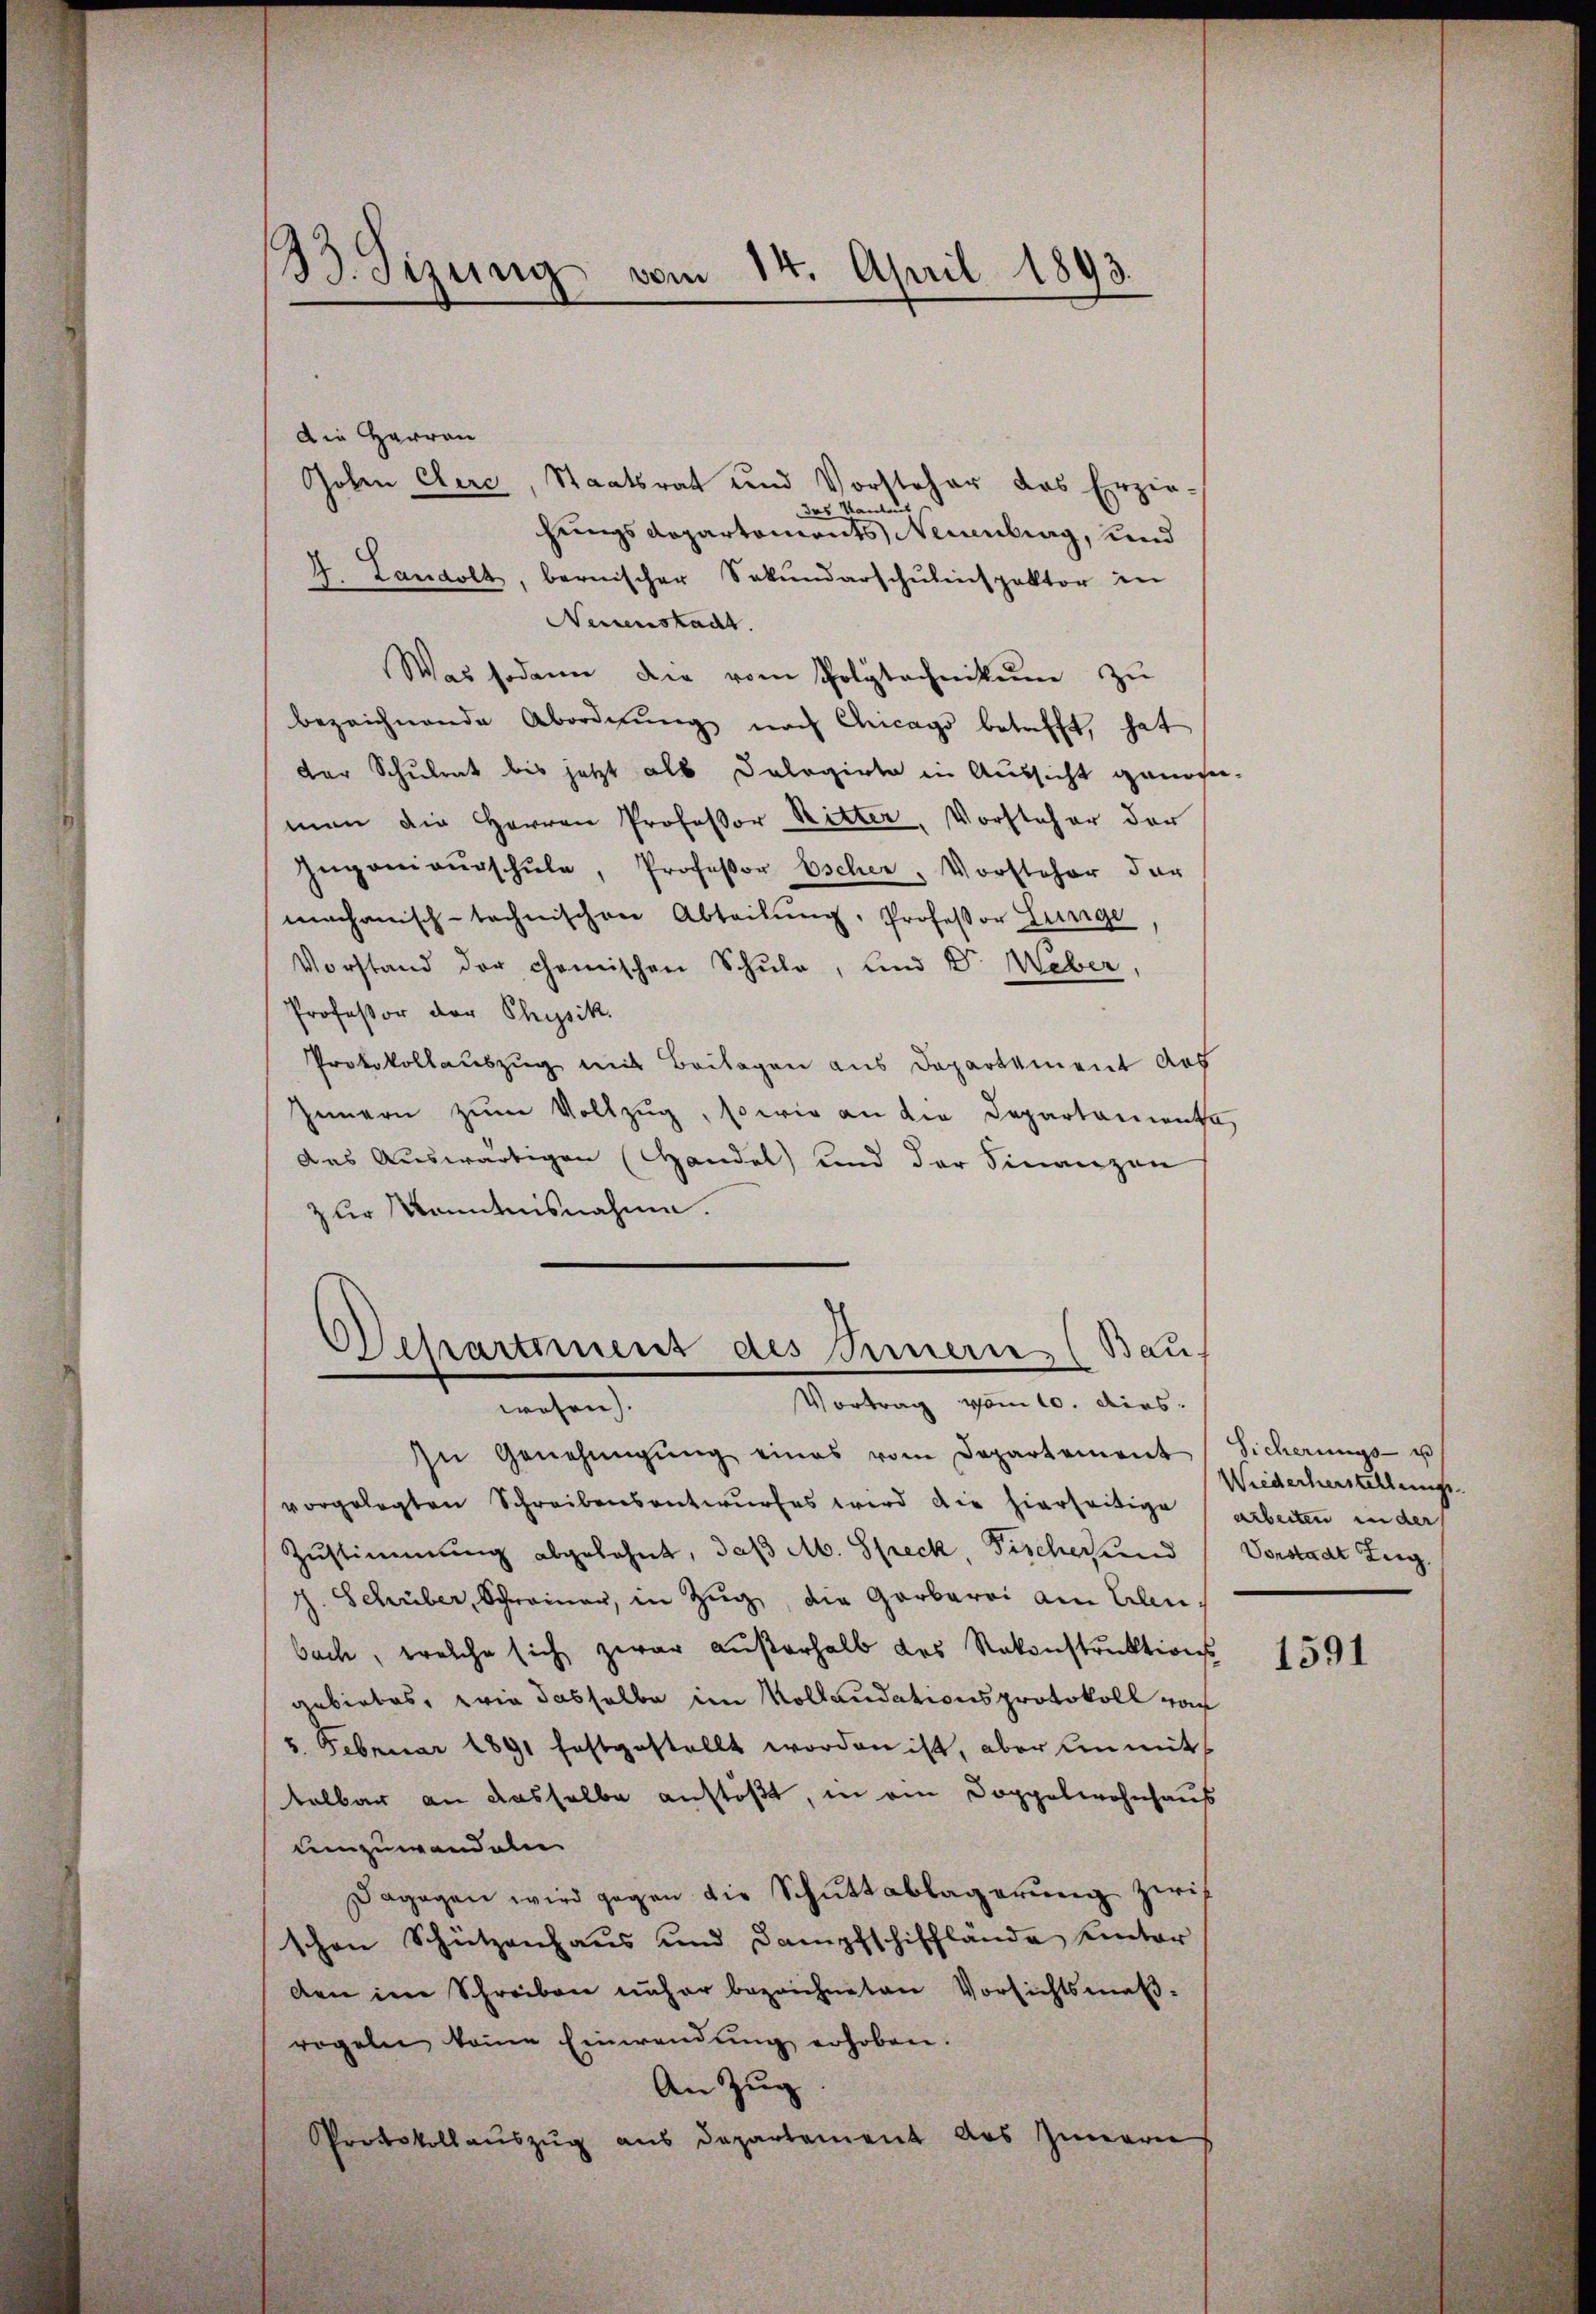
133. Sizung vom 14. April 1893.

Die Herren
Goben Cere, Staatsrat und Vorsteher das Erzie-
das Kanleut
hungsdepartements Neuenburg, und
4. Landolt, bernischer Sekŭndarschŭlinspektor in
Neuenstacht.
Was sodann die vom Polytechnikum zu
bezeichnende Abordnŭng nach Chicago betrifft, hat
der Schulrat bis jetzt als Delegirte in Aussicht genos-
man die Herren Professor Ritter, Vorsteher der
Ingenieŭrschŭle, Professor Escher, Vorsteher der
mechanisch-technischen Abteilŭng, Professor Lunge
Vorstand der chanischen Schule, und Dr. Weber,
Professor der Physik.
Protokollauszug mit Beilagen aus Departement des
Innern zum Vollzug, so wie an die Departamenta
Das Auswärtigen (Handel und der Finanzen
zur Kenntnisnahme.
Departement des Innern (Bau.

Vortrag vom 10. dies.

wesen).
In Genehmigŭng eines vom Departement Sicherŭngs- u
vorgelegten Schreibensentwurfes wird die hierseitige arbeiten in der
Zustimmung abgelehnt, daß Ab. Speck, Fischerund
c. Schriber, Schreiner, in Zug, die Garbarei am Elen
bach, welche sich zwar außerhalb des Rekonstruktions
gebietes, wie dasselbe im Kollaudationsprotokoll von
5. Februar 1891 festgestellt worden ist, aber unmit
telbar an dasselbe anstößt, in ein Doppelwohnhaus
umzuwandeln
Dagegen wird gegen die Schuttablagerung zwis
schen Schützenhaus und Dampfschifflände hinter
den in Schreiben näher bezeichneten Vorsichtsmaßrogeln keine Einwendŭng erhoben.
An Zŭg.
Protokollaŭszŭg aŭs departement des Innern

Wiederherstellungs
Vorstadt Zug.

1591